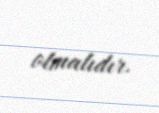
olmalıdır.